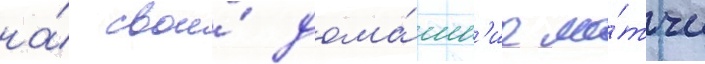
на́ свои́ дома́шн'ие ма́тчи